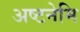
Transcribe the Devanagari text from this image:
अष्टनेमि